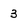
Character: 3